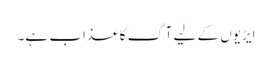
ایڑیوں کے لیے آگ کا عذاب ہے۔